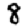
Digit: 8